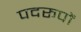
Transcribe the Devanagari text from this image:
पदरूपों